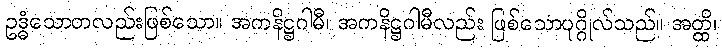
ဥဒ္ဓံသောတလည်းဖြစ်သော။ အကနိဋ္ဌဂါမီ၊ အကနိဋ္ဌဂါမီလည်း ဖြစ်သောပုဂ္ဂိုလ်သည်။ အတ္ထိ၊